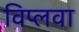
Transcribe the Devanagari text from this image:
विप्लवा